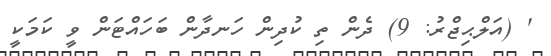
' (އަލްޙިޖްރު: 9) ދެން ތި ކުދިން ހަނދާން ބަހައްޓަން ވީ ކަމަކީ